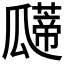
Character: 𰢠